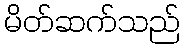
မိတ်ဆက်သည်